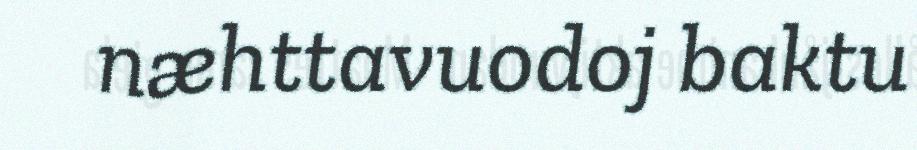
næhttavuodoj baktu